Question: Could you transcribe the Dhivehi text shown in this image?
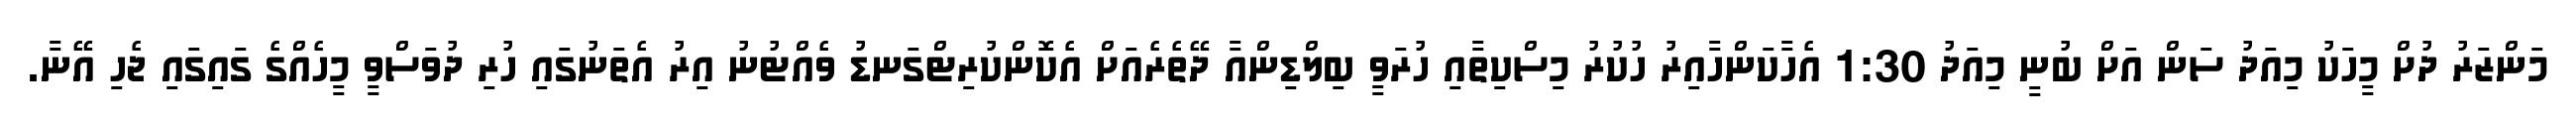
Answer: މަންޒަރު ދުށް މީހަކު މިއަދު ސަން އަށް ބުނީ މިއަދު 1:30 އެހާކަންހާއިރު ހުކުރު މިސްކިތާއި ހުރަވީ ބިލްޑިންއާ ދޭތެރެއަށް އެކޮންކުރިޓްގަނޑު ވެއްޓުނު އިރު އެތަނުގައި ހުރި ދުވަސްވީ މީހެއްގެ ގައިގައި ޖެހި އޭނާ.